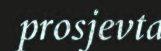
prosjevta